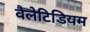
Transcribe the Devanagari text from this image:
वैलेटिडियम